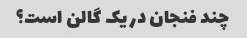
چند فنجان در یک گالن است؟